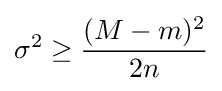
\sigma ^{2}\geq {\frac {(M-m)^{2}}{2n}}